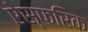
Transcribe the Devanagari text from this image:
ऐस्फरिक